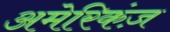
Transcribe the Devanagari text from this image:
अमेरिकंज़